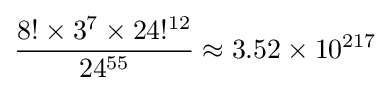
{\frac {8!\times 3^{7}\times 24!^{12}}{24^{55}}}\approx 3.52\times 10^{217}